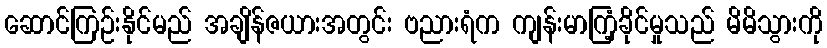
ဆောင်ကြဉ်းနိုင်မည် အချိန်ဇယားအတွင်း ဗညားရံက ကျန်းမာကြံ့ခိုင်မှုသည် မိမိသွားကို